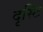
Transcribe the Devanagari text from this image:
दृस्टि